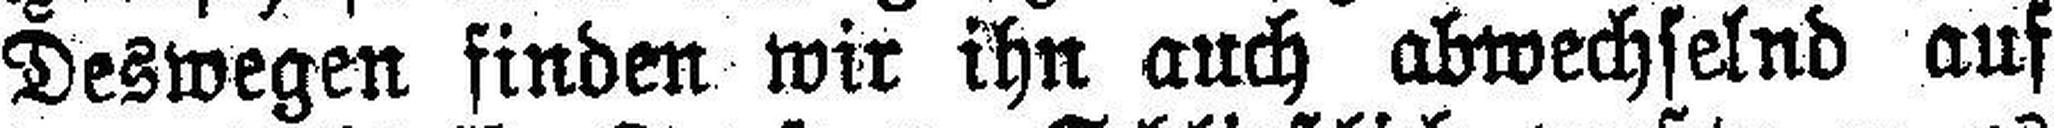
Deswegen finden wir ihn auch abwechselnd auf